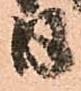
日